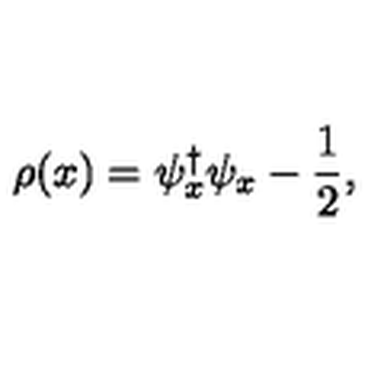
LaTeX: \rho ( x ) = \psi _ { x } ^ { \dag } \psi _ { x } - \frac { 1 } { 2 } ,